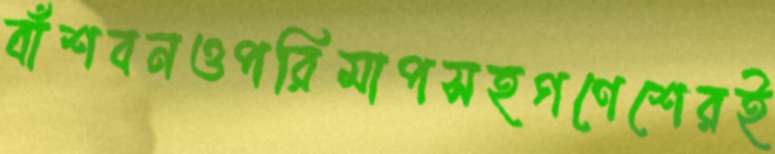
বাঁশবনওপরিমাপসহগণেশেরই